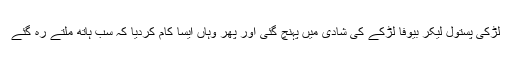
لڑکی پستول لیکر بیوفا لڑکے کی شادی میں پہنچ گئی اور پھر وہاں ایسا کام کردیا کہ سب ہاتھ ملتے رہ گئے